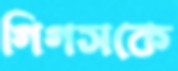
গিগসকে